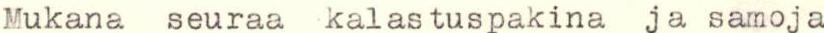
Mukana seuraa kalastuspakina ja samoja